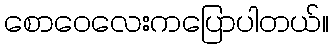
စောဝေလေးကပြောပါတယ်။